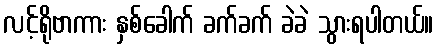
လင့်ရိုဗာကား နှစ်ခေါက် ခက်ခက် ခဲခဲ သွားရပါတယ်။